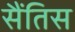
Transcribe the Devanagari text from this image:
सैंतिस